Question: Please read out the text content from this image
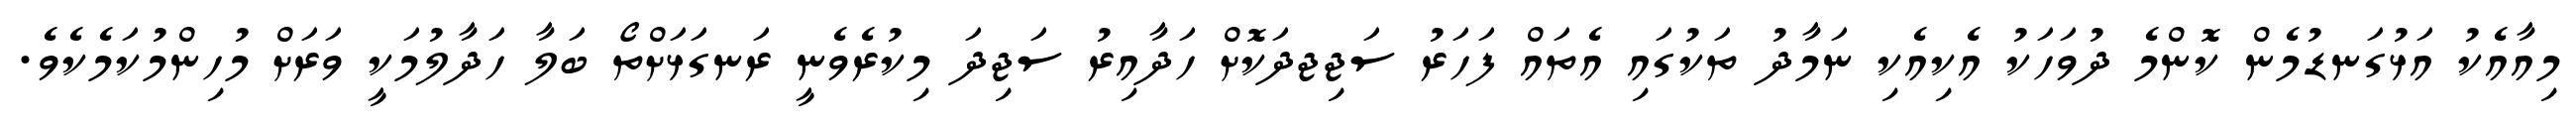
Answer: މިއާއެކު އަޅުގަނޑުމެން ކޮންމެ ދުވަހަކު އެކިއެކި ނަމާދު ތަކުގައި އެތައް ފަހަރު ސަޖިޖދަކޮށް ހަދާއިރު ސަޖިދަ މިކުރެވެނީ ރަނގަޅަށްތޯ ބަލާ ހަދާލުމަކީ ވަރަށް މުހިންމުކަމެކެވެ.